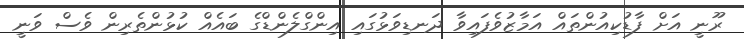
ރޫނީ އަށް ފާޑުކިއުންތައް އަމާޒުވެފައިވާ ދަނޑިވަޅުގައި އިންގްލެންޑްގެ ބައެއް ކުޅުންތެރިން ވެސް ވަނީ